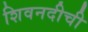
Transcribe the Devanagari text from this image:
शिवनदीची